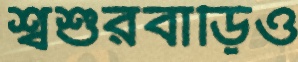
শ্বশুরবাড়িও